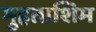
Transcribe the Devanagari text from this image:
मुहताशिम